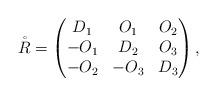
LaTeX: \begin{align*} \mathring{R}=\begin{pmatrix} D_1 & O_1 & O_2 \\ -O_1 & D_2 & O_3 \\ -O_2 & -O_3 & D_3\end{pmatrix},\end{align*}